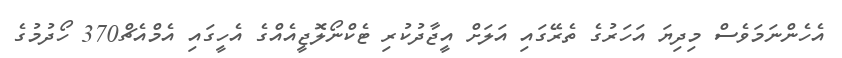
އެހެންނަމަވެސް މިދިޔަ އަހަރުގެ ތެރޭގައި އަލަށް އީޖާދުކުރި ޓެކްނޯލޮޖީއެއްގެ އެހީގައި އެމްއެޗް370 ހޯދުމުގެ